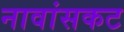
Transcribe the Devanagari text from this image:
नावांसकट